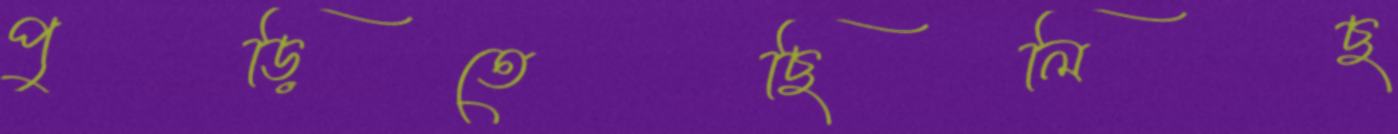
পুড়িতেছিলিছ